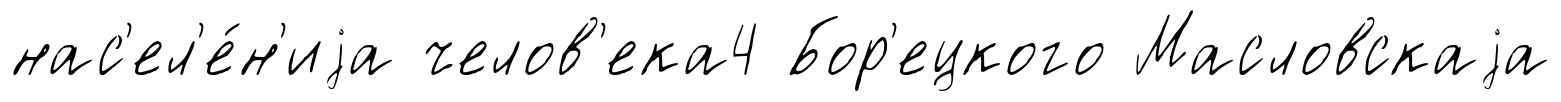
нас'ел'е́н'иjа челов'ека4 Бор'ецкого Масловскаjа